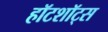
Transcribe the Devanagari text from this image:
हॉटशॉट्स